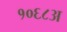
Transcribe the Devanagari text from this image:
१०६८अ